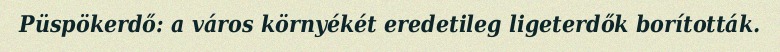
Püspökerdő: a város környékét eredetileg ligeterdők borították.